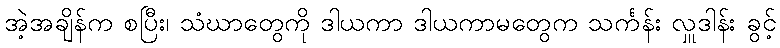
အဲ့အချိန်က စပြီး၊ သံဃာတွေကို ဒါယကာ ဒါယကာမတွေက သင်္ကန်း လှူဒါန်း ခွင့်